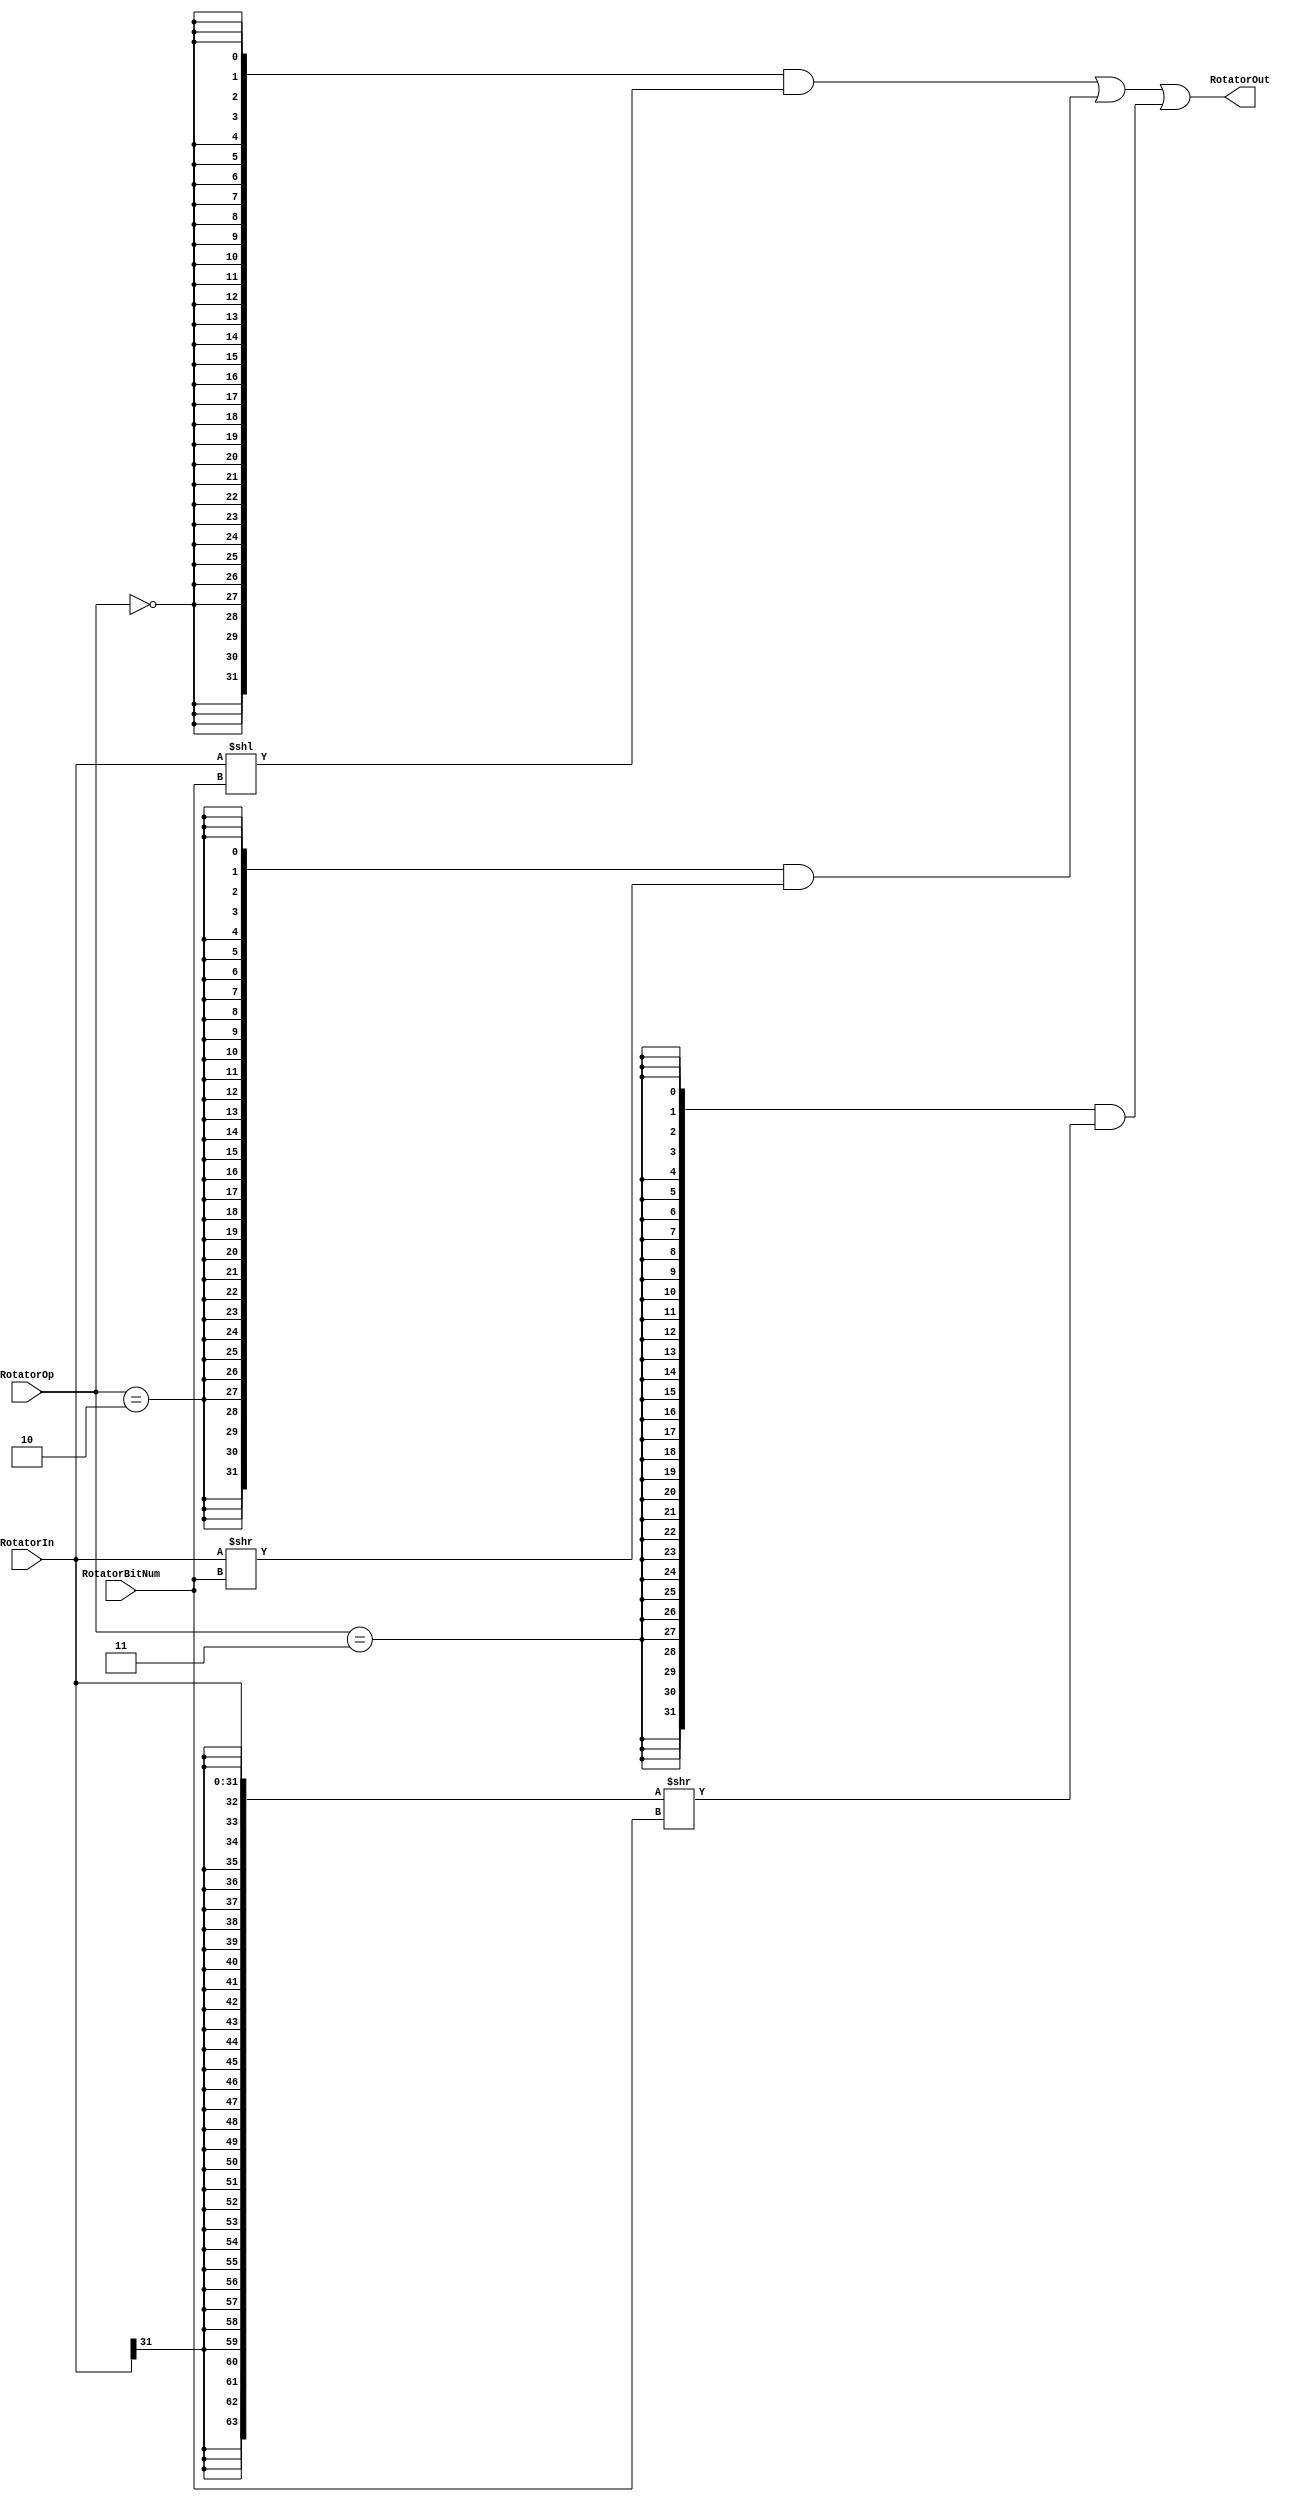
module Rotator(
	input[31:0] RotatorIn,
	input[4:0] RotatorBitNum,
	input[1:0] RotatorOp,
	output[31:0] RotatorOut
    );
/*
reg[31:0] RotatorIn;
reg[4:0] RotatorBitNum;
reg[1:0] RotatorOp;

initial begin
	RotatorIn = 32'h00001998;
	RotatorBitNum = 5'b11001;
	RotatorOp = 0;
	#100
	RotatorOp = 2;
	#100
	RotatorOp = 3;
end*/
assign RotatorOut = 
	{32{RotatorOp==2'b00}} & (RotatorIn[31:0] << {1'b0,RotatorBitNum[4:0]}) |
	{32{RotatorOp==2'b10}} & ({32'h0,RotatorIn[31:0]} >> {1'b0,RotatorBitNum[4:0]}) |
	{32{RotatorOp==2'b11}} & ({{32{RotatorIn[31]}}, RotatorIn[31:0]} >> {1'b0,RotatorBitNum[4:0]}) ;
	
endmodule